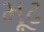
મૂઢ